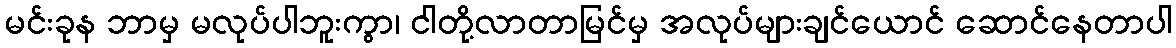
မင်းခုန ဘာမှ မလုပ်ပါဘူးကွာ၊ ငါတို့လာတာမြင်မှ အလုပ်များချင်ယောင် ဆောင်နေတာပါ